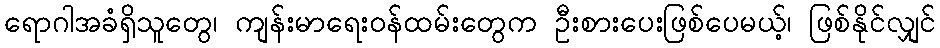
ရောဂါအခံရှိသူတွေ၊ ကျန်းမာရေးဝန်ထမ်းတွေက ဦးစားပေးဖြစ်ပေမယ့်၊ ဖြစ်နိုင်လျှင်